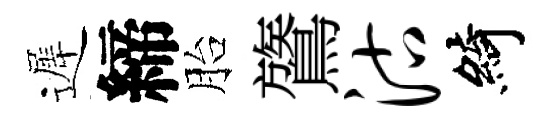
遲締胎鷟沽綺